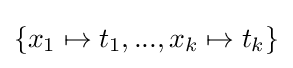
\{x_{1}\mapsto t_{1},...,x_{k}\mapsto t_{k}\}